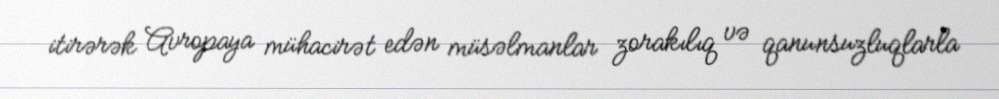
itirərək Avropaya mühacirət edən müsəlmanlar zorakılıq və qanunsuzluqlarla